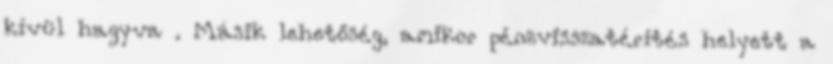
kívül hagyva . Másik lehetőség, amikor pénzvisszatérítés helyett a